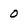
Character: 0